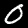
Label: 0